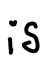
Text: is
Cross-out: clean
Writing tool: digital_black